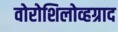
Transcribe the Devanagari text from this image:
वोरोशिलोव्हग्राद